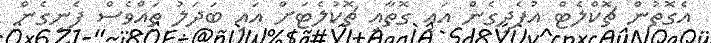
އެގޮތުން ޗޮކްލެޓް އުފެދިގެން އައި ގޮތާއި ޗޮކުލެޓަށް އައި ބަދަލު ތައްވެސް ފެނިގެން